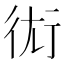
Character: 𧗢